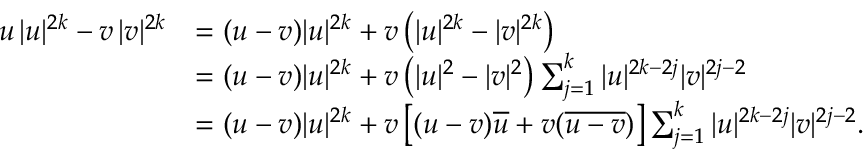
\begin{array} { r l } { u \, | u | ^ { 2 k } - v \, | v | ^ { 2 k } } & { = ( u - v ) | u | ^ { 2 k } + v \left( | u | ^ { 2 k } - | v | ^ { 2 k } \right) } \\ & { = ( u - v ) | u | ^ { 2 k } + v \left( | u | ^ { 2 } - | v | ^ { 2 } \right) \sum _ { j = 1 } ^ { k } | u | ^ { 2 k - 2 j } | v | ^ { 2 j - 2 } } \\ & { = ( u - v ) | u | ^ { 2 k } + v \left[ ( u - v ) \overline { { u } } + v ( \overline { { u - v } } ) \right] \sum _ { j = 1 } ^ { k } | u | ^ { 2 k - 2 j } | v | ^ { 2 j - 2 } . } \end{array}